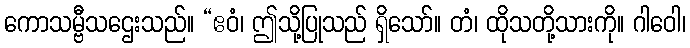
ကောသမ္ဗီသဌေးသည်။ “ဧဝံ၊ ဤသို့ပြုသည် ရှိသော်။ တံ၊ ထိုသတို့သားကို။ ဂါဝေါ၊